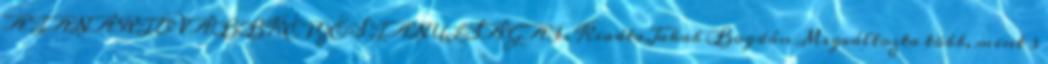
A TANÁRTOVÁBBKÉPZÉS TANULSÁGAI. KiadtaJakab Bogdán Megváltozta több, mint 3